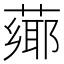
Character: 𦼅